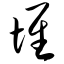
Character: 堆